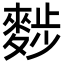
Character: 𪌷